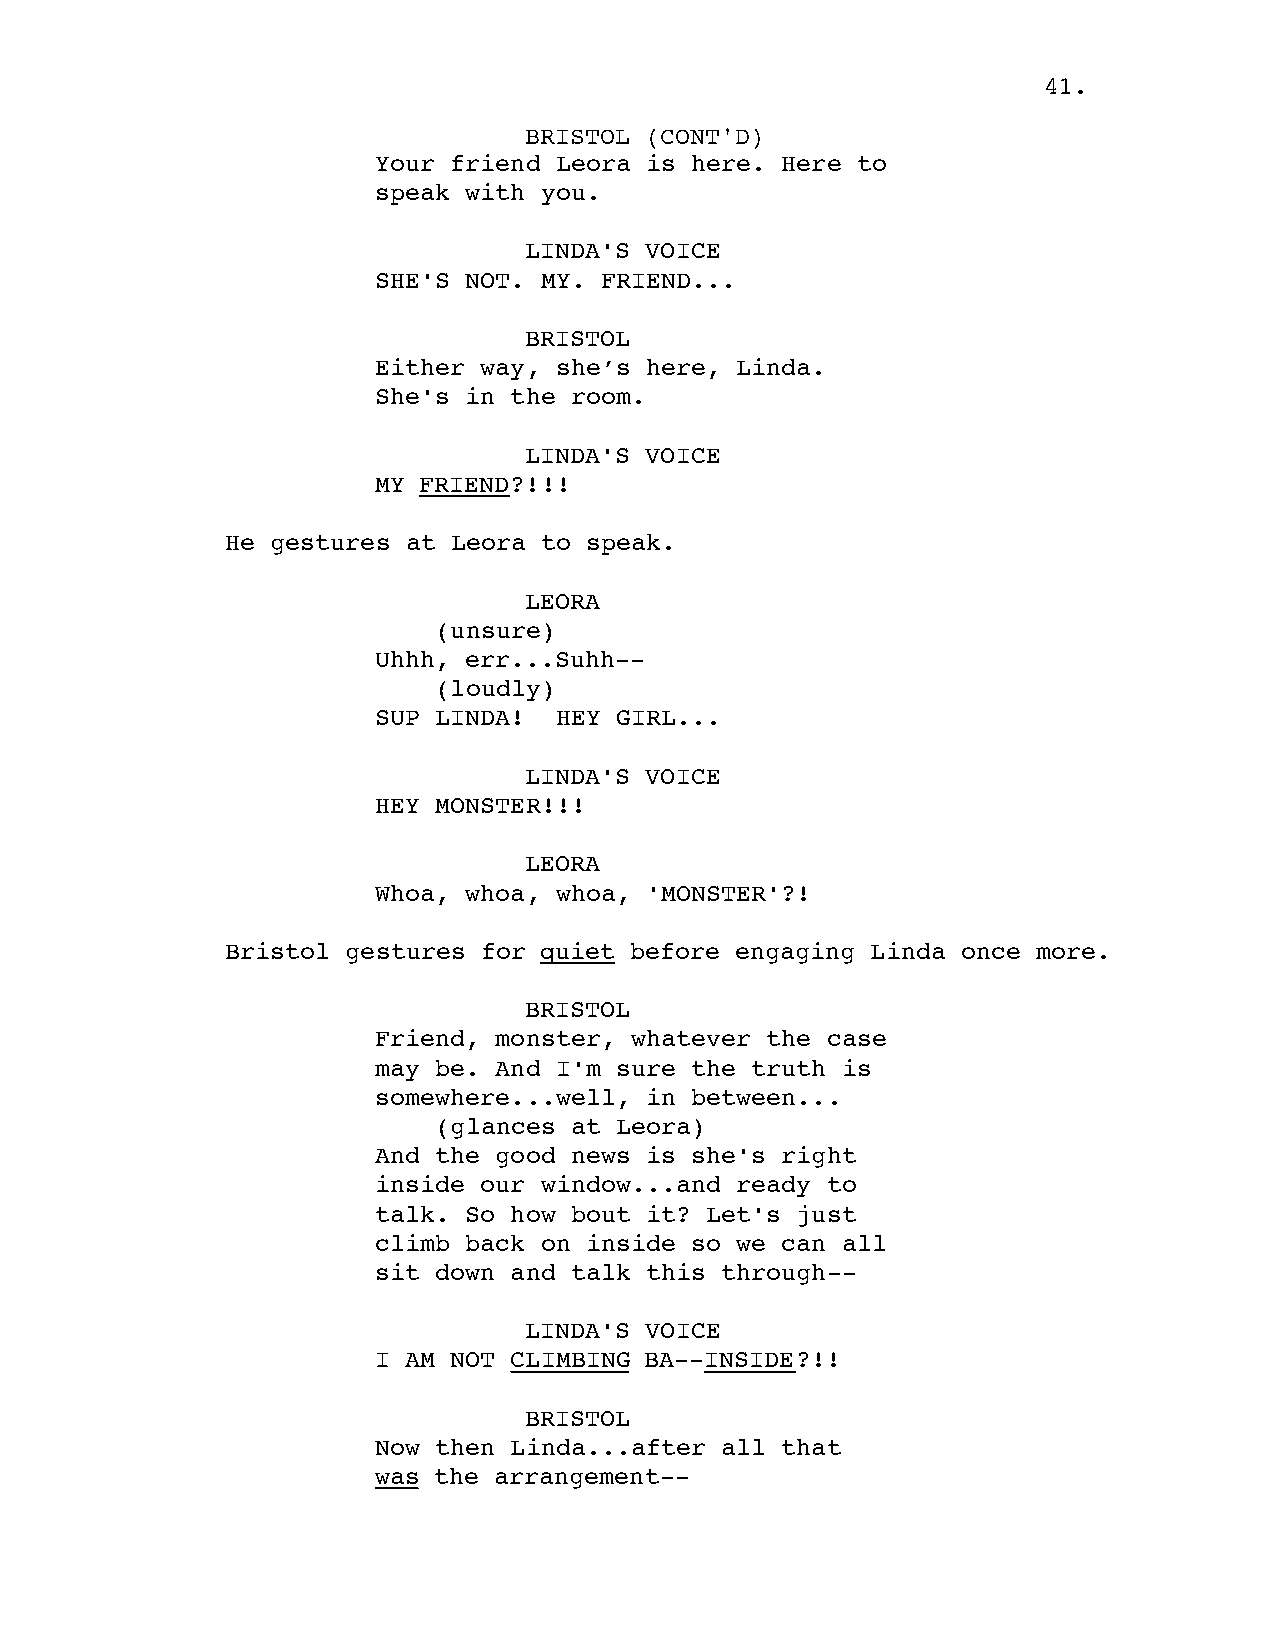
41.
 BRISTOL (CONT'D)
 Your friend Leora is here. Here to
 speak with you.
 LINDA'S VOICE
 SHE'S NOT. MY. FRIEND...
 BRISTOL
 Either way, she’s here, Linda.
 She's in the room.
 LINDA'S VOICE
 MY FRIEND?!!!
 He gestures at Leora to speak.
 LEORA
 (unsure)
 Uhhh, err...Suhh--
 (loudly)
 SUP LINDA!  HEY GIRL...
 LINDA'S VOICE
 HEY MONSTER!!!
 LEORA
 Whoa, whoa, whoa, 'MONSTER'?!
 Bristol gestures for quiet before engaging Linda once more.
 BRISTOL
 Friend, monster, whatever the case
 may be. And I'm sure the truth is
 somewhere...well, in between...
 (glances at Leora)
 And the good news is she's right
 inside our window...and ready to
 talk. So how bout it? Let's just
 climb back on inside so we can all
 sit down and talk this through--
 LINDA'S VOICE
 I AM NOT CLIMBING BA--INSIDE?!!
 BRISTOL
 Now then Linda...after all that
 was the arrangement--